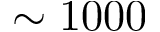
\sim 1 0 0 0